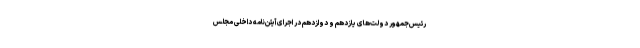
رئیس‌جمهور دولت‌های یازدهم و دوازدهم در اجرای آیئن‌نامه داخلی مجلس